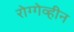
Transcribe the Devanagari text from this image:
रोग्गेव्हीन